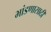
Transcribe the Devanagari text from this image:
भांडणासाठी